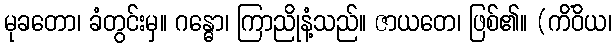
မုခတော၊ ခံတွင်းမှ။ ဂန္ဓော၊ ကြာညိုနံ့သည်။ ဇာယတေ၊ ဖြစ်၏။ (ကိံဝိယ၊